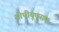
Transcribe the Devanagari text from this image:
सीपीयूएसए